Vaccination in Bombay 1863-1868 - 1863-1868
Year: 1863
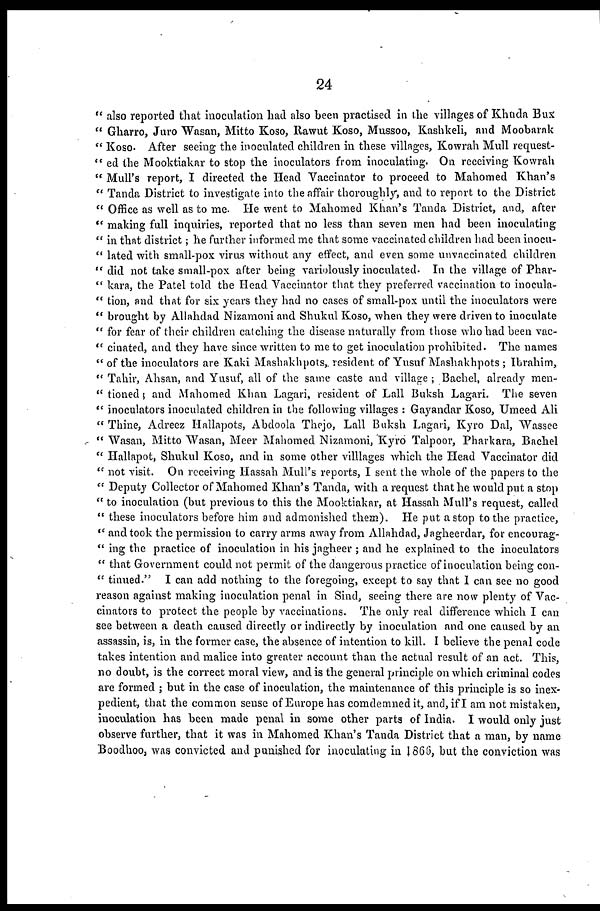
24
" also reported that inoculation had also been practised in the villages of Khuda Bux
" Gharro, Juro Wasan, Mitto Koso, Rawut Koso, Mussoo, Kashkeli, and Moobarak
" Koso. After seeing the inoculated children in these villages, Kowrah Mull request-
" ed the Mooktiakar to stop the inoculators from inoculating. On receiving Kowrah
" Mull's report, I directed the Head Vaccinator to proceed to Mahomed Khan's
" Tanda District to investigate into the affair thoroughly, and to report to the District
" Office as well as to me. He went to Mahomed Khan's Tanda District, and, after
" making full inquiries, reported that no less than seven men had been inoculating
" in that district; he further informed me that some vaccinated children had been inocu-
" lated with small-pox virus without any effect, and even some unvaccinated children
" did not take small-pox after being variolously inoculated. In the village of Phar-
" kara, the Patel told the Head Vaccinator that they preferred vaccination to inocula-
" tion, and that for six years they had no cases of small-pox until the inoculators were
" brought by Allahdad Nizamoni and Shukul Koso, when they were driven to inoculate
" for fear of their children catching the disease naturally from those who had been vac-
" cinated, and they have since written to me to get inoculation prohibited. The names
"of the inoculators are Kaki Mashakhpots, resident of Yusuf Mashakhpots ; Ibrahim,
" Tahir, Ahsan, and Yusuf, all of the same caste and village ; Bachel, already men-
" tioned and Mahomed Khan Lagari, resident of Lall Buksh Lagari. The seven
" inoculators inoculated children in the following villages : Gayandar Koso, Umeed Ali
" Thine, Adreez Hallapots, Abdoola Thejo, Lall Buksh Lagari, Kyro Dal, Wassee
" Wasan, Mitto Wasan, Meer Mahomed Nizamoni, Kyro Talpoor, Pharkara, Bachel
" Hallapot, Shukul Koso, and in some other villlages which the Head Vaccinator did
" not visit. On receiving Hassah Mull's reports, I sent the whole of the papers to the
" Deputy Collector of Mahomed Khan's Tanda, with a request that he would put a stop
" to inoculation (but previous to this the Mooktiakar, at Hassah Mull's request, called
" these inoculators before him and admonished them). He put a stop to the practice,
" and took the permission to carry arms away from Allahdad, Jagheerdar, for encourag-
" ing the practice of inoculation in his jagheer ; and he explained to the inoculators
" that Government could not permit of the dangerous practice of inoculation being con-
" tinued." I can add nothing to the foregoing, except to say that I can see no good
reason against making inoculation penal in Sind, seeing there are now plenty of Vac-
cinators to protect the people by vaccinations. The only real difference which I can
see between a death caused directly or indirectly by inoculation and one caused by an
assassin, is, in the former case, the absence of intention to kill. I believe the penal code
takes intention and malice into greater account than the actual result of an act. This,
no doubt, is the correct moral view, and is the general principle on which criminal codes
are formed ; but in the case of inoculation, the maintenance of this principle is so inex-
pedient, that the common sense of Europe has comdemned it, and, if I am not mistaken,
inoculation has been made penal in some other parts of India. I would only just
observe further, that it was in Mahomed Khan's Tanda District that a man, by name
Boodhoo, was convicted and punished for inoculating in 1866, but the conviction was